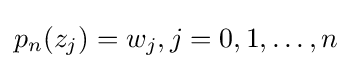
p_{n}(z_{j})=w_{j},j=0,1,\ldots ,n